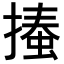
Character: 𢳨